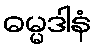
ဓမ္မဒါနံ